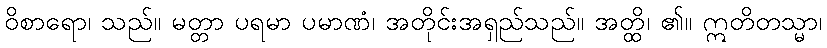
ဝိစာရော၊ သည်။ မတ္တာ ပရမာ ပမာဏံ၊ အတိုင်းအရှည်သည်။ အတ္ထိ၊ ၏။ ဣတိတသ္မာ၊